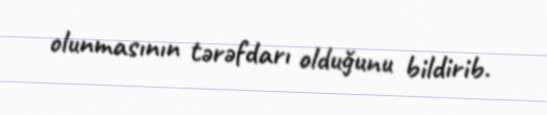
olunmasının tərəfdarı olduğunu bildirib.